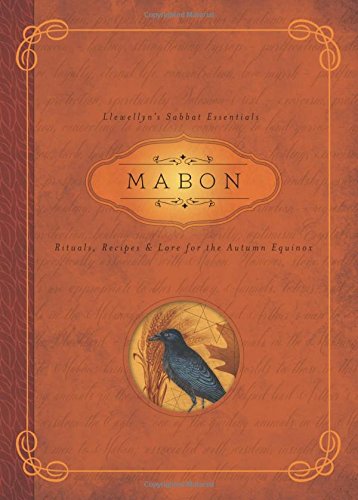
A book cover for Mabon: Rituals, Recipes & Lore for the Autumn Equinox (Llewellyn's Sabbat Essentials); Llewellyn; Religion & Spirituality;